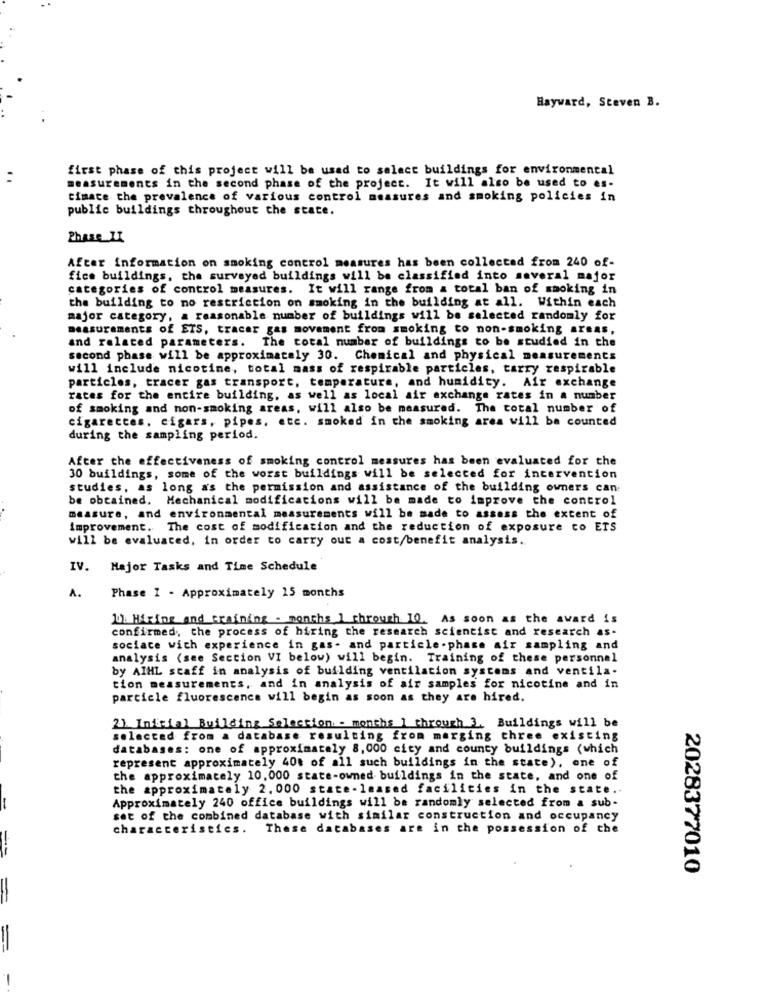
Hayward, Steven B.
first phase of this project will be used to select buildings for environmental
measurements in the second phase of the project. It will also be used to es-
timate the prevalence of various control measures and smoking policies in
public buildings throughout the state.
Phase II
After information on smoking control measures has been collected from 240 of-
fice buildings, the surveyed buildings will be classified into several major
categories of control measures. It will range from a total ban of smoking in
the building to no restriction on smoking in the building at all. Within each
major category, a reasonable number of buildings will be selected randomly for
measurements of ETS, tracer gas movement from smoking to non-smoking areas,
and related parameters. The total number of buildings to be studied in the
second phase will be approximately 30. Chemical and physical measurements
will include nicotine, total mass of respirable particles, tarry respirable
particles, tracer gas transport, temperature, and humidity. Air exchange
rates for the entire building, as well as local air exchange rates in a number
of smoking and non-smoking areas, will also be measured. The total number of
cigarettes, cigars, pipes, etc. smoked in the smoking area will be counted
during the sampling period.
After the effectiveness of smoking control measures has been evaluated for the
30 buildings, some of the worst buildings will be selected for intervention
studies, as long as the permission and assistance of the building owners can
be obtained. Mechanical modifications will be made to improve the control
measure, and environmental measurements will be made to assess the extent of
improvement. The cost of modification and the reduction of exposure to ETS
will be evaluated, in order to carry out a cost/benefit analysis ..
IV. Major Tasks and Time Schedule
A.
Phase I - Approximately 15 months
10. Hiring and training - months 1 through 10. As soon as the award is
confirmed, the process of hiring the research scientist and research as-
sociace with experience in gas- and particle .phase air sampling and
analysis (see Section VI below) will begin. Training of these personnel
by AIHL scaff in analysis of building ventilation systems and ventila-
tion measurements, and in analysis of air samples for nicotine and in
particle fluorescence will begin as soon as they are hired.
21 Inicial Building Selection - months 1 through 2. Buildings will be
selected from a database resulting from marging three existing
databases: one of approximately 8,000 city and county buildings (which
represent approximately 40t of all such buildings in the state), one of
the approximately 10,000 state-owned buildings in the state, and one of
the approximately 2. 000 state-leased facilities in the state ..
-
Approximately 240 office buildings will be randomly selected from a sub-
set of the combined database with similar construction and occupancy
characteristics. These databases are in the possession of the
-
2028377010